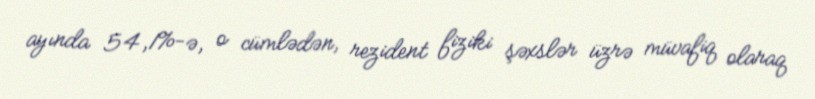
ayında 54,1%-ə, o cümlədən, rezident fiziki şəxslər üzrə müvafiq olaraq